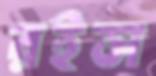
রইস